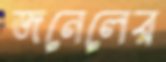
জনেলের